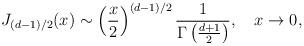
LaTeX: \begin{align*}J_{(d-1)/2}(x)\sim\left({x\over2}\right)^{(d-1)/2}{1\over\Gamma\left({d+1\over2}\right)},\quad x\to0,\end{align*}